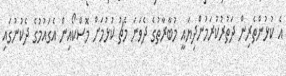
އެ ކުޅުންތެރިން ދަތުރުކުރަމުންދިޔައީ މުބާރާތުގެ ދެވަނަ މެޗު ކުޅުމަށް މޮސްކޯއިން އެގައުމުގެ ދެކުނުގައި